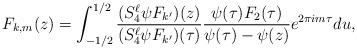
LaTeX: \begin{align*}F_{k,m}(z) = \int_{-1/2}^{1/2} \frac{(S_4^\ell \psi F_{k'})(z)}{(S_4^\ell \psi F_{k'})(\tau)} \frac{\psi(\tau)F_2(\tau)}{\psi(\tau)-\psi(z)}e^{2\pi i m \tau} du,\end{align*}